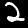
Digit: 2